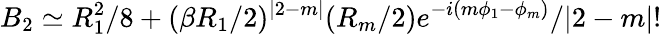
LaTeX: B_{2}\simeq R_{1}^{2}/8+(\beta R_{1}/2)^{|2-m|}(R_{m}/2)e^{-i(m\phi_{1}-\phi_{m})}/|2-m|!